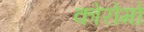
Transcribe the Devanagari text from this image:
कोरोमो